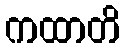
ကထာတိ